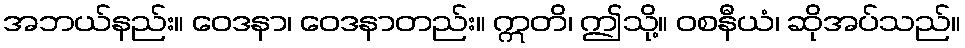
အဘယ်နည်း။ ဝေဒနာ၊ ဝေဒနာတည်း။ ဣတိ၊ ဤသို့။ ဝစနီယံ၊ ဆိုအပ်သည်။